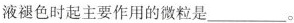
液褪色时起主要作用的微粒是___。